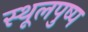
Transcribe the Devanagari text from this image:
स्थूलपुष्प